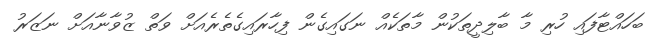
ބަހައްޓާފައި ހުރި މާ ބާލިދީތަކުން މާތަކެއް ނަގައިގެން ފިހާރައިގެތެރެއަށް ވަތް ޒުވާނާއަށް ނަޒަރު